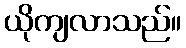
ယိုကျလာသည်။